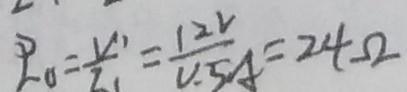
R _ { O } = \frac { V ^ { 1 } } { Z _ { 1 } } = \frac { 1 2 V } { V . 5 A } = 2 4 \Omega